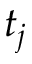
t _ { j }